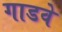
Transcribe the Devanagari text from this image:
गाडवे